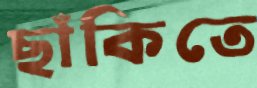
ছাঁকিতে